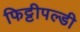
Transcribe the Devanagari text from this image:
फिट्टीपल्डी